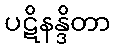
ပဋိနန္ဒိတာ